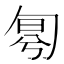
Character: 𠣤